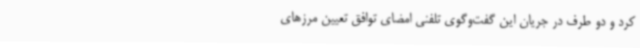
کرد و دو طرف در جریان این گفت‌وگوی تلفنی امضای توافق تعیین مرزهای